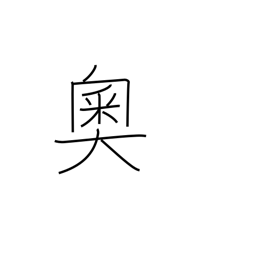
Meaning: heart